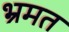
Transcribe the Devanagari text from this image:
भ्रमत